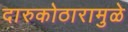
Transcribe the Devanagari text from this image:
दारुकोठारामुळे